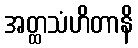
အတ္ထသံဟိတာနိ